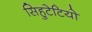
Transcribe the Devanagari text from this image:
सिहुटेटियो